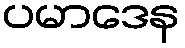
ပမာဒေန